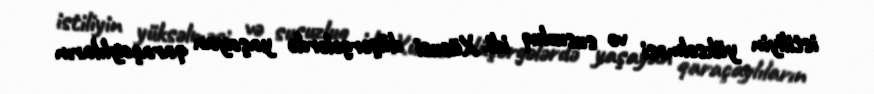
istiliyin yüksəlməsi və susuzluq idi. Xüsusi düşərgələrdə yaşayan qaraçaylıların